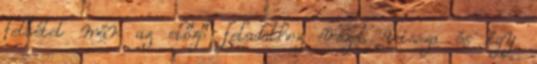
feltétel már az előző feladathoz vezet vissza és így